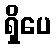
ရှိပေ